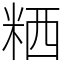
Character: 粞